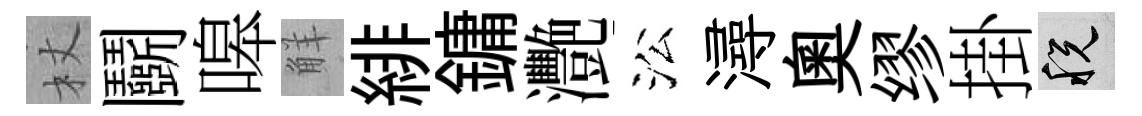
杖鬬嗥觧緋鏞灧㳂潯奥缪掛税